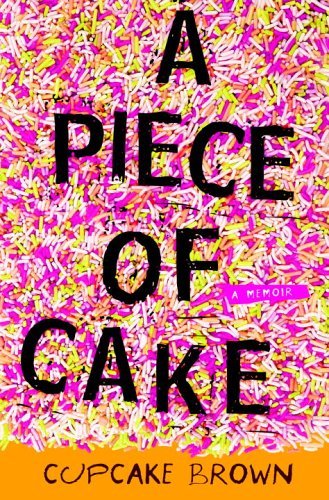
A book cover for A piece of cake; a memoir.; Cupcake Brown; Law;